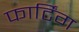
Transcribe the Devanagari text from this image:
फार्टिंग